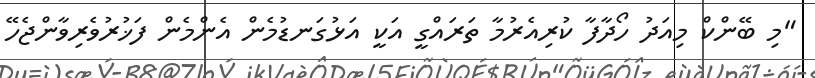
"މި ބޭންކް މިއަދު ހޯދާފާ ކުރިއެރުމާ ތަރައްގީ އަކީ އަޅުގަނޑުމެން އެންމެން ފަޚުރުވެރިވާންޖެހޭ